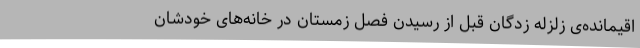
اقیمانده‌ی زلزله زدگان قبل از رسیدن فصل زمستان در خانه‌های خودشان